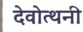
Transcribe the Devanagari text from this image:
देवोत्थनी